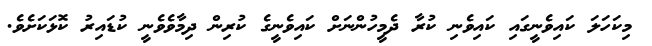
މިކަހަލަ ކައިވެނީގައި ކައިވެނި ކުރާ ދެމީހުންނަށް ކައިވެނީގެ ކުރިން ދިމާވެވެނީ ކުޑައިރު ކޮޅަކަށެވެ.